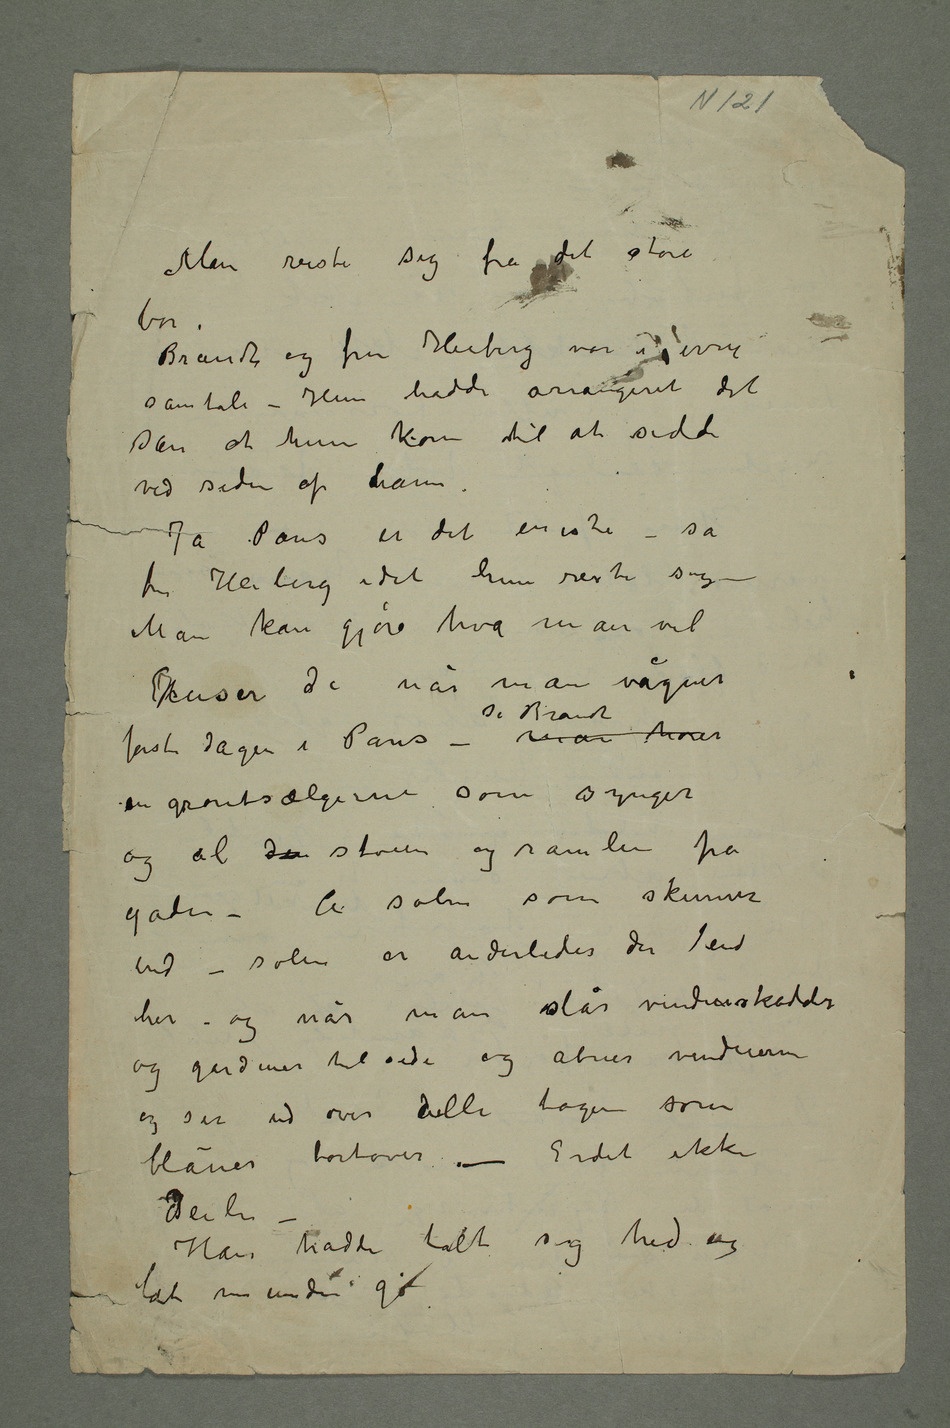
Man reiste sig fra det store
Brandt og fru Heiberg var i ivrig
samtale – Hun hadde arrangeret det
sån at hun kom til at sidde
ved siden af ham.
Ja Paris er det eneste – sa
fru Heiberg idet hun reiste sig –
Man kan gjøre hva man vil
EHuser de når man vågner
første dagen i Paris – sa Brandt man hører
og al den støien og ramlen fra
gaden – Å solen som skinner
ind – solen er anderledes der end
her – og når man slår vinduskodder
og gardiner til side og åbner vinduerne
og ser ud over alle tager som
blåner bortover – Er det ikke
deili
– Han hadde talt sig hed og
lat munden gå